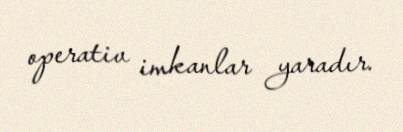
operativ imkanlar yaradır.